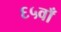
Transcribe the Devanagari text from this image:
६५वाँ